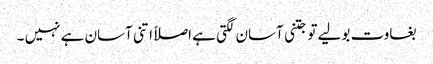
بغاوت بولیے تو جتنی آسان لگتی ہے اصلاً اتنی آسان ہے نہیں ۔